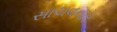
સાચવનાર